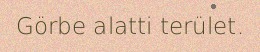
Görbe alatti terület.